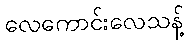
လေကောင်းလေသန့်